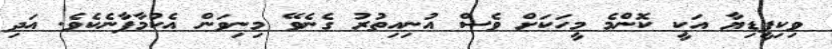
ވިކިޕީޑިޔާ އަކީ ކޮންމެ މީހަކަށް ވެސް އުނިއިތުރު ގެނެވޭ މިނިވަން އެކުމާފާނެކެވެ. އަދި